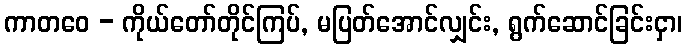
ကာတဝေ - ကိုယ်တော်တိုင်ကြပ်, မပြတ်အောင်လျှင်း, ရွက်ဆောင်ခြင်းငှာ၊